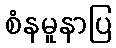
စံနမူနာပြ